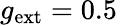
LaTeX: g_{\mathrm{ext}}=0.5